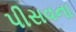
પીસવના